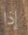
إذا